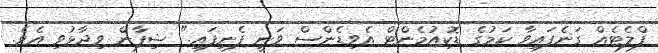
ފްލެޓެއް ގަނެފައިވާ ކަމުގެ ޑޮކިއުމެންޓް އެވިޑެންސް ވަނީ ފެނިފައި." ޝިފާން ވިދާޅުވި އެވެ.